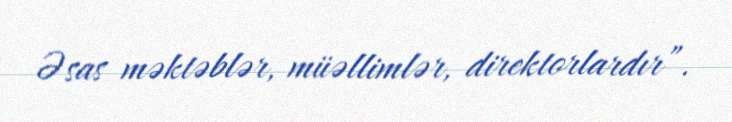
Əsas məktəblər, müəllimlər, direktorlardır”.